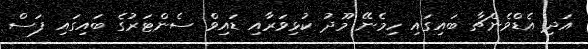
އަދި އެޑްވެންޗާ ބައިގައި ހިމެނޭ މޫދު ކުޅިވަރާއި ޑައިވް ސެންޓަރުގެ ބައިގައި ފަސް